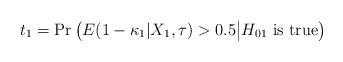
LaTeX: \begin{align*} t_1=\Pr\big(E(1-\kappa_1|X_1,\tau) > 0.5\big|H_{01} \mbox{ is true}\big) \end{align*}